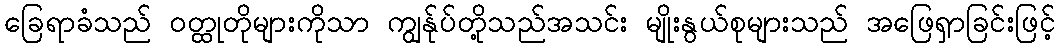
ခြေရာခံသည် ဝတ္ထုတိုများကိုသာ ကျွန်ုပ်တို့သည်အသင်း မျိုးနွယ်စုများသည် အဖြေရှာခြင်းဖြင့်